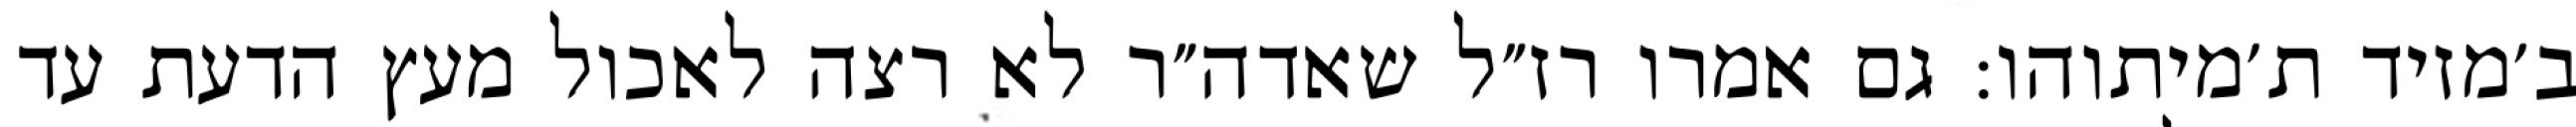
ב׳מזיד ת׳מיתוהו: גם אמרו רז״ל שאדה״ר לא רצה לאכול מעץ הדעת עד